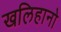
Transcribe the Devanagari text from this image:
खलिहानो